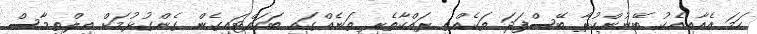
ހަމަ އެއާއިއެކު ބޭނުންކުރާ ބޭސްފަދަ ތަކެއްތި ރައްކާތެރި ތަނެއްގައި ބަހައްޓައިގެން ގެންގުޅުމަށް އިލްތިމާސް